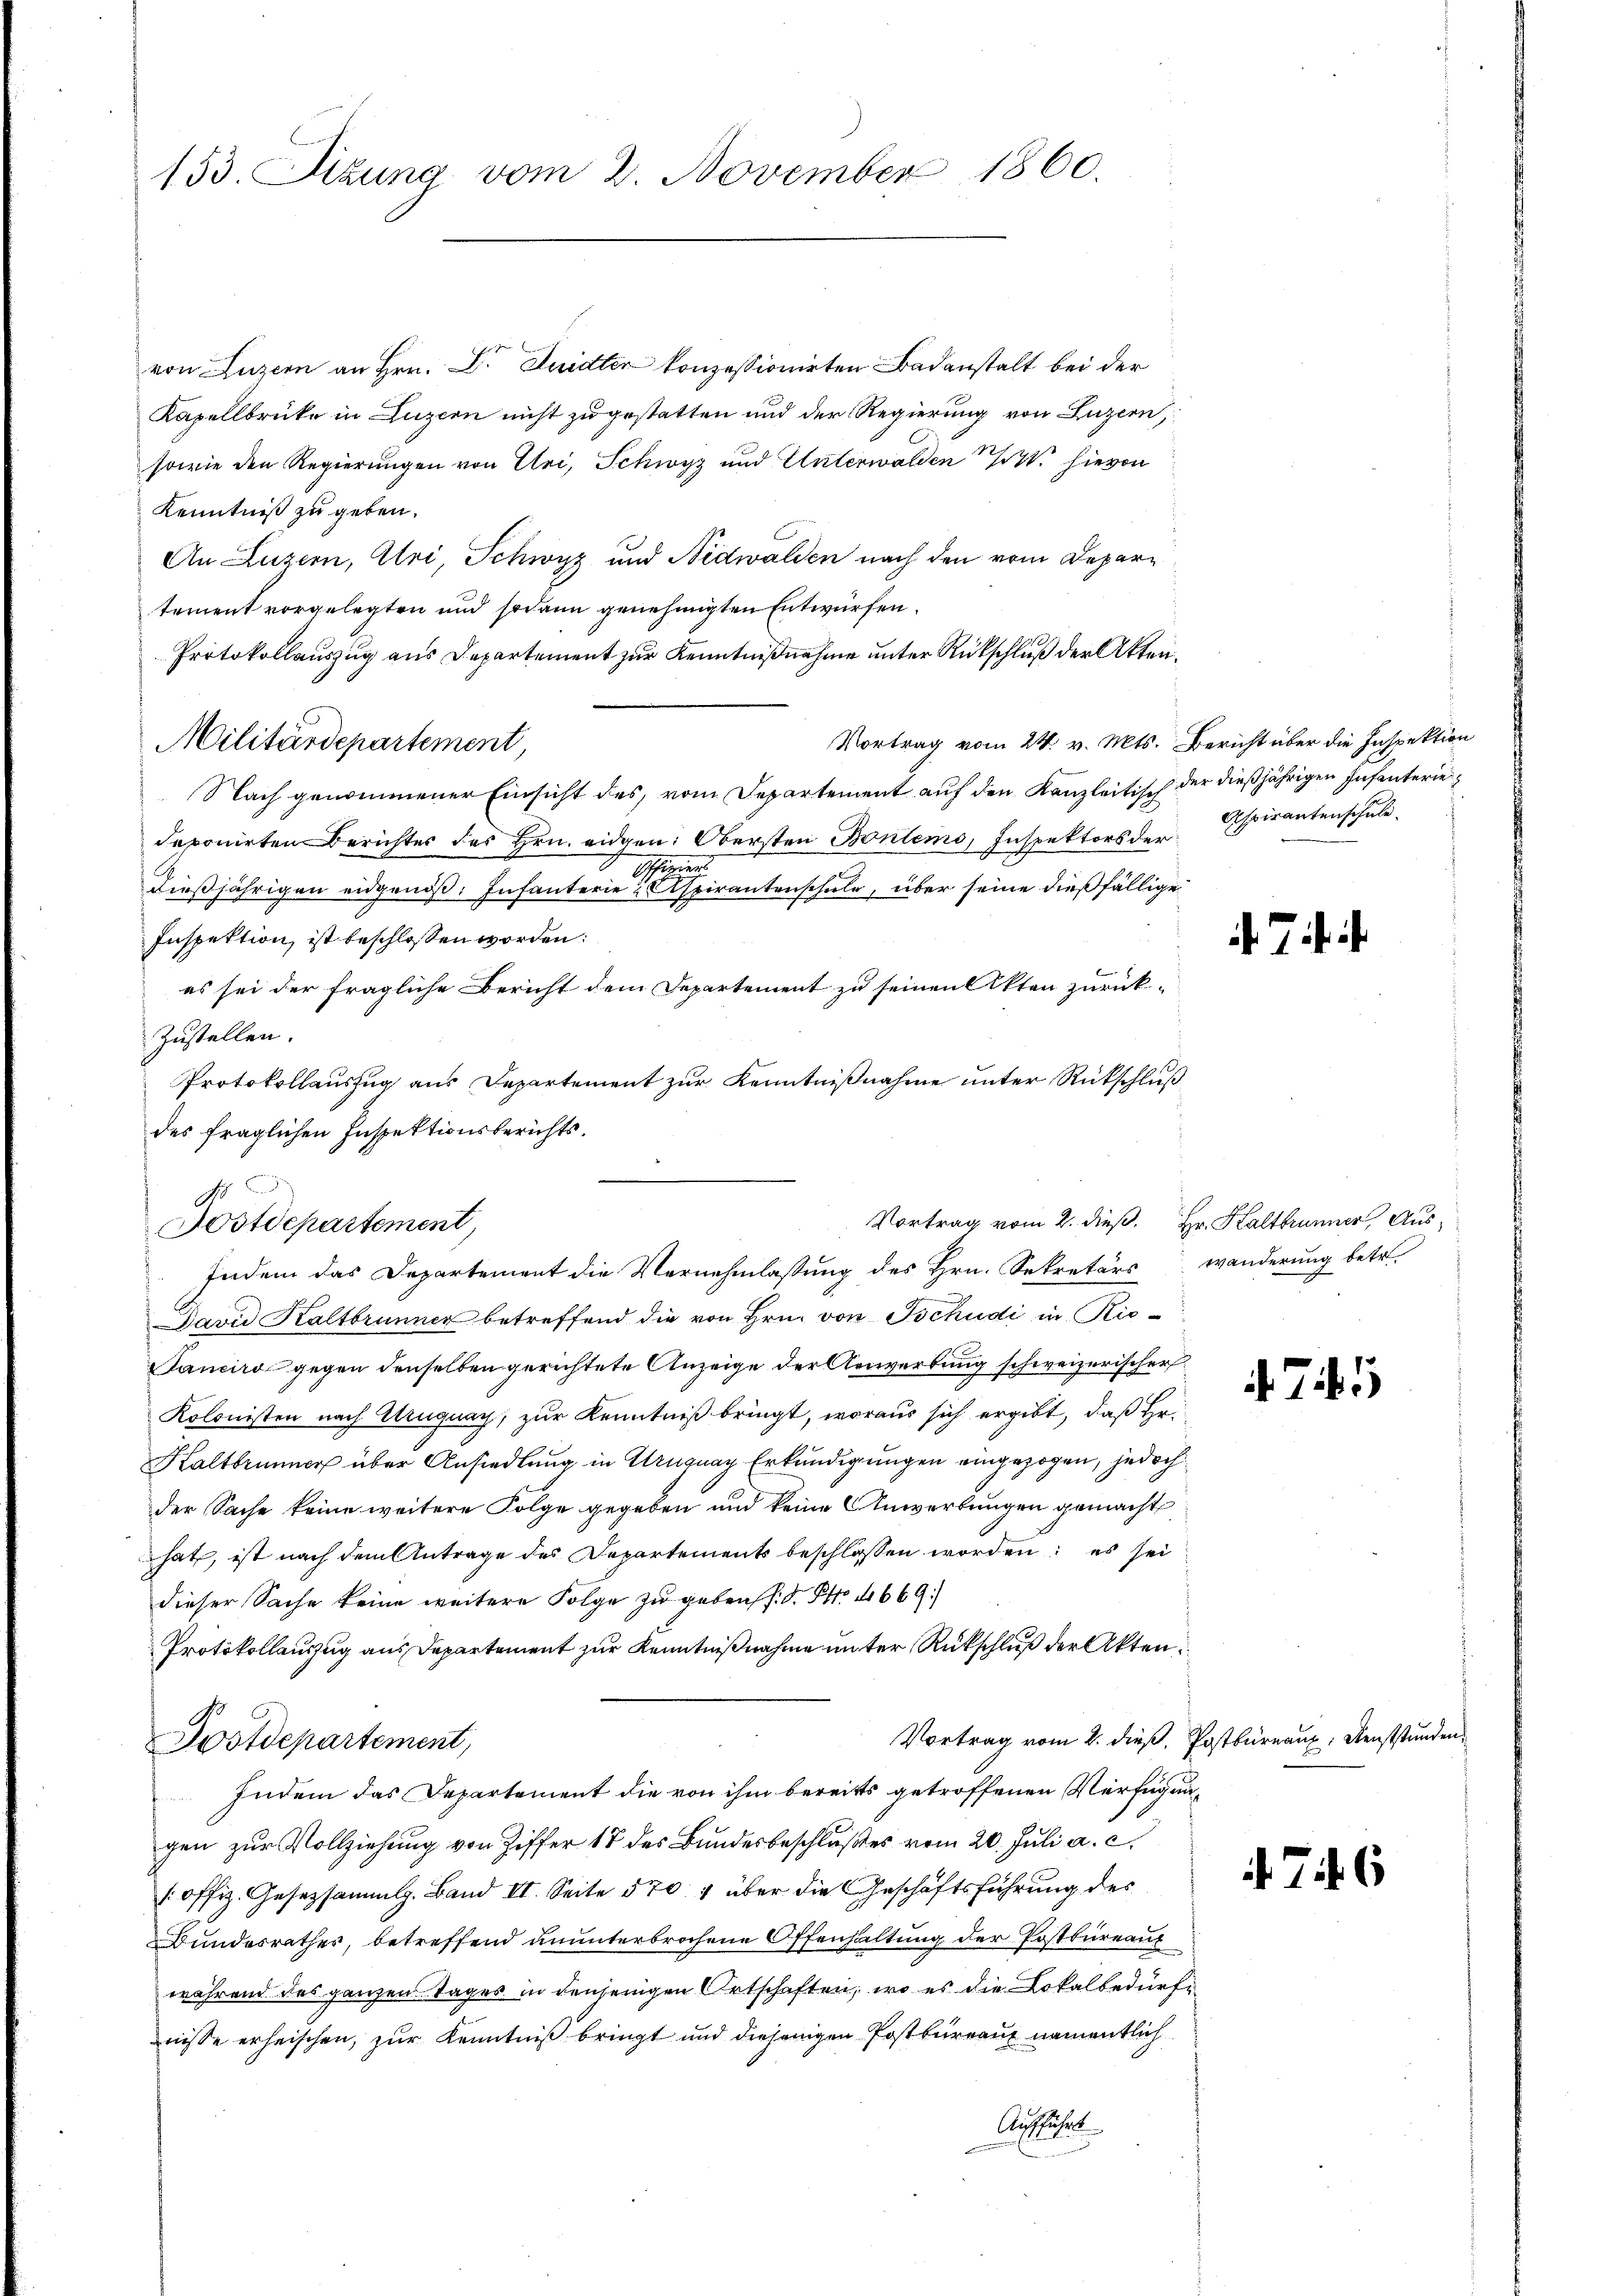
153. Sizung vom 2. November 1860.

von Luzern an Hrn. Dr. Duidter konzessionirten Badanstalt bei der
Kapellbrücke in Luzern nicht zu gestatten und der Regierung von Luzern,
sowie den Regierungen von Uri, Schwyz und Unterwalden hievon
Kenntniß zu geben.
An Luzern, Uri, Schwyz und Nidwalden nach den vom Departement vorgelegten und sodann genehmigten Entwürfen.
Protokollauszug aus Departement zur Kenntnißnahme unter Rückschluß der Akten¬
Vortrag vom 24. v. Mts. Bericht über die Inspektion
Nach genommener Einsicht des vom Departement auf den Kanzleitisch der dießjährigen Infanteriedeponirten Berichtes des Hrn. eidgen: Obersten Bontens, Inspektors der
Offizier
dießjährigen eidgenöß: Infanterie Aspirantenschule, über seine dießfällige
Inspektion, ist beschlossen worden:
es sei der fragliche Bericht dem Departement zu seinen Akten zurück-
Zustellen.
Protokollauszug aus Departement zur Kenntnißnahme unter Rückschluß
des fraglichen Inspektionsberichts.
d
Vortrag vom 2. dieß. Hr. Kaltbrunner, Aus¬
Fostdepartement,
Indem das Departement die Vernehmlassung des Hrn. Sekretärs wanderung betr.
David Kaltbrunner betreffend die von Hrn. von Tschudi in Rie¬
Sanciro gegen denselben gerichtete Anzeige der Anverbung schweizerischer
Kolonisten nach Uruguay, zur Kenntniß bringt, woraus sich ergibt, daß Hr.
Kaltbrunner über Ansiedlung in Uruguay Erkundigungen eingezogen, jedoch
der Sache keine weitere Folge gegeben und keine Anwerbungen gemacht
hat, ist nach dem Antrage des Departements beschlossen worden; es sei
dieser Sache keine weitere Folge zu gebenf. S. S. 4669.
Protokollauszug aus Departement zur Kenntnißnahme unter Rückschluß der Akten.
Vortrag vom 2. dieß, Postbureaux; Dienststunden
Postdepartement,
Indem das Departement die von ihm bereits getroffenen Verfügungen zur Vollziehung von Ziffer 18 des Bundesbeschlußes vom 20. Juli a. c.
/ offiz. Gesetzsammlg. Band II. Seite 570 4 über die Geschäftsführung des
Bundesrathes, betreffend ununterbrochene Offenhaltung der Postbureauf
während des ganzen Tages in denjenigen Ortschaften, wo es die Lokalbedürfnisse erheischen, zur Kenntniß bringt und diejenigen Postbureau namentlich
Ausführt

Militärdepartement,

Aspirantenschule

744. 6